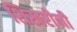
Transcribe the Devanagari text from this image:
शिखरीनी